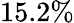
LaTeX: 15.2\%